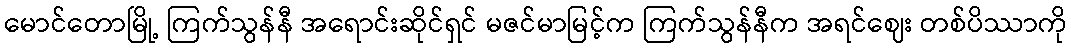
မောင်တောမြို့ ကြက်သွန်နီ အရောင်းဆိုင်ရှင် မဇင်မာမြင့်က ကြက်သွန်နီက အရင်ဈေး တစ်ပိဿာကို